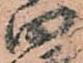
田